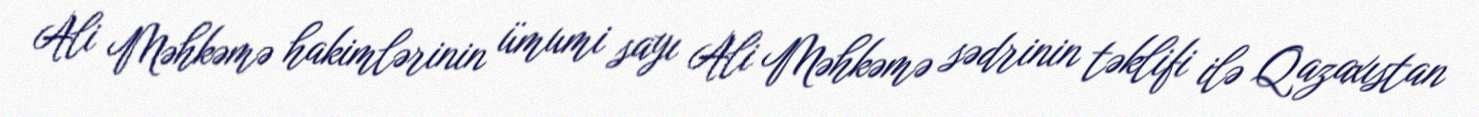
Ali Məhkəmə hakimlərinin ümumi sayı Ali Məhkəmə sədrinin təklifi ilə Qazaxıstan